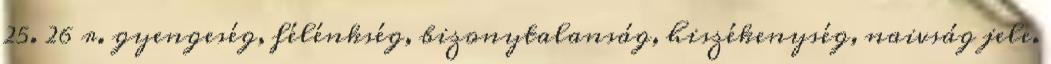
25. 26 r. gyengeség, félénkség, bizonytalanság, hiszékenység, naivság jele.